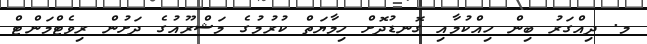
މ. ދިއްގަރު ބިން ހިއްކުމާއި ގޮނޑުދޮށް ހިމާޔަތް ކުރުމުގެ މަޝްރޫއުގެ ދަށުން ރިވެޓްމަންޓް